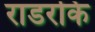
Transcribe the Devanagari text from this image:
राडरकि